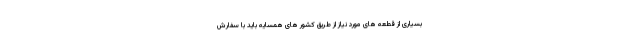
بسیاری از قطعه های مورد نیاز از طریق کشور های همسایه باید با سفارش